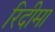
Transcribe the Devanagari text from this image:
रिदीमा